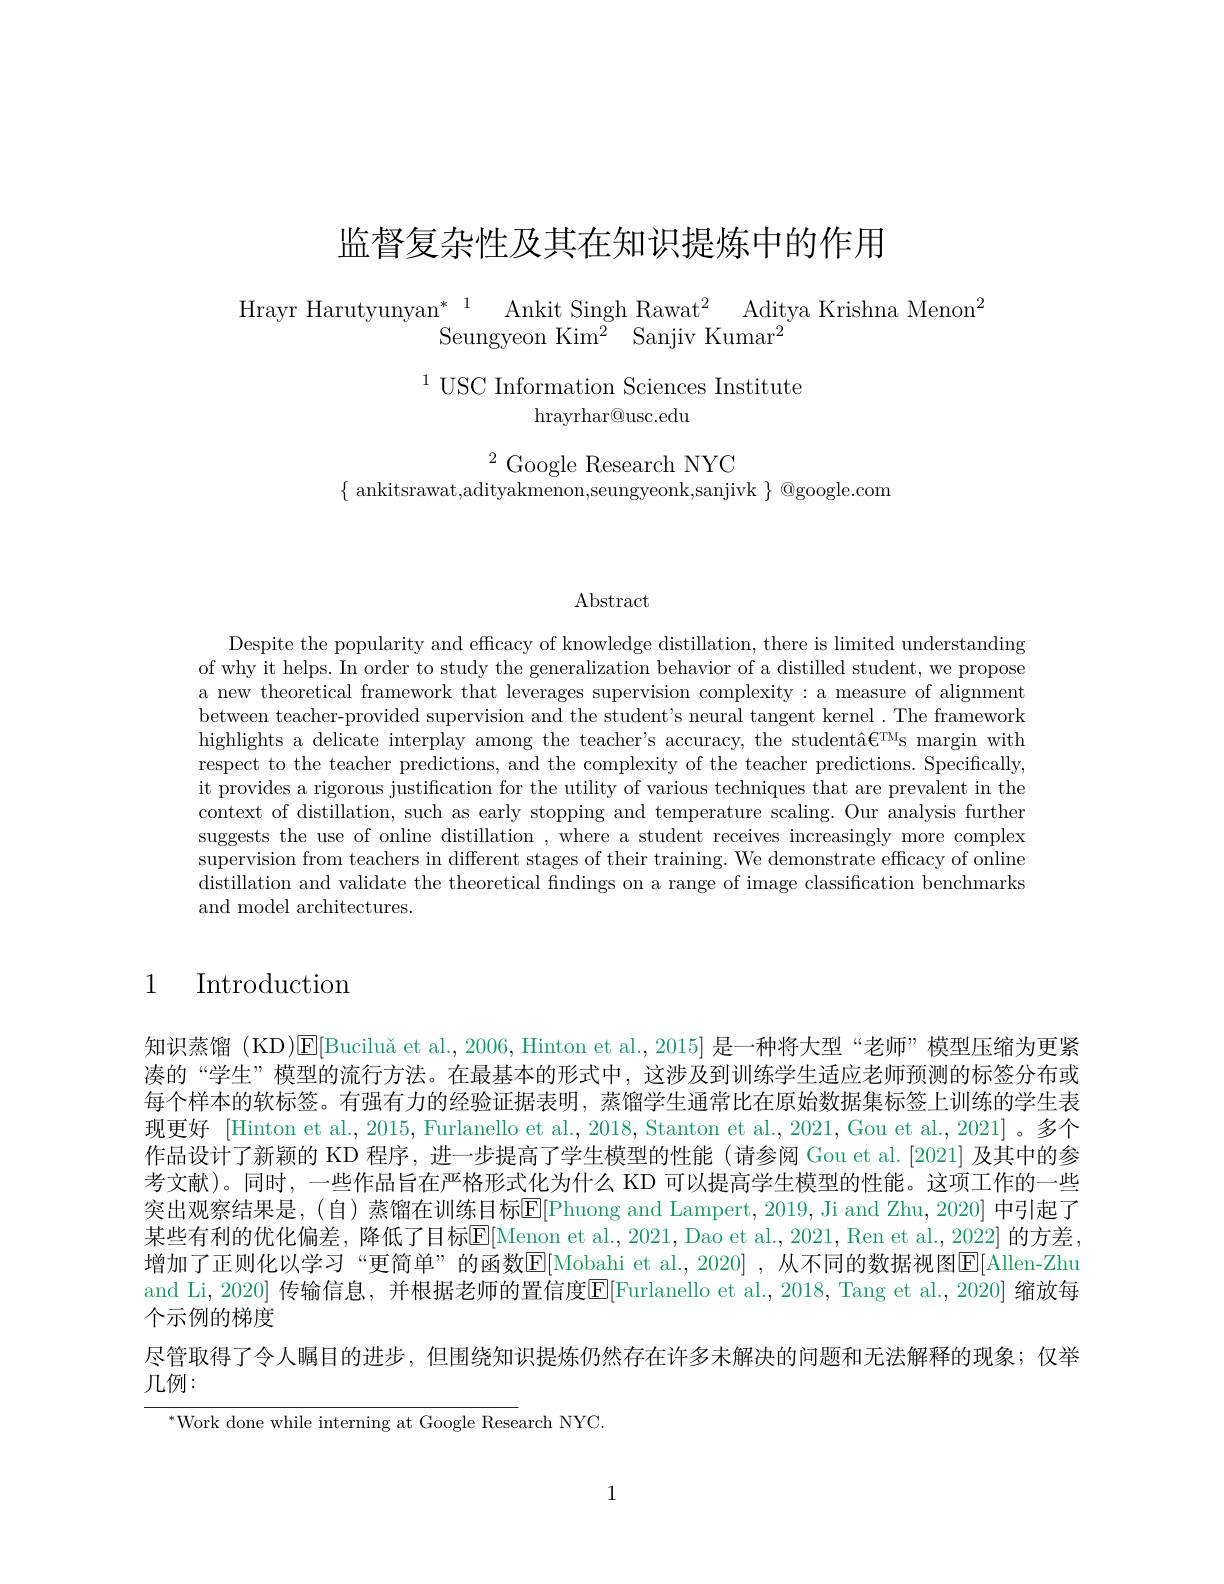
监督复杂性及其在知识提炼中的作用

$\begin{array}{c}{\mathrm{Hrayr~Harutyunyan}^{*}}&{{1}}&{{\mathrm{Ankit~Singh~Rawat}^{2}}}&{{\mathrm{Aditya~Krishna~Menon}^{2}}}\\&{{\mathrm{Seungyeon~Kim}^{2}}}&{{\mathrm{Sanjiv~Kumar}^{2}}}\end{array}$

$^{1}$USC Information Sciences Institute
## $\operatorname{hrayrhar@usc.edu}$

$^{2}$Google Research NYC
$\{$ ankitsrawat,adityakmenon,seungyeonk,sanjivk $\}$ @google.com

$\operatorname{Abstract}$

Despite the popularity and efficacy of knowledge distillation, there is limited understanding of why it helps. In order to study the generalization behavior of a distilled student, we propose a new theoretical framework that leverages supervision complexity : a measure of alignment between teacher-provided supervision and the student's neural tangent kernel .The framework highlights a delicate interplay among the teacher's accuracy, the studentâ€$\mathrm^\mathrm{TM}$s margin with respect to the teacher predictions, and the complexity of the teacher predictions. Specifically, it provides a rigorous justification for the utility of various techniques that are prevalent in the context of distillation, such as early stopping and temperature scaling. Our analysis further suggests the use of online distillation , where a student receives increasingly more complex supervision from teachers in different stages of their training. We demonstrate efficacy of online distillation and validate the theoretical findings on a range of image classification benchmarks and model architectures.

## 1 Introduction

知识蒸馏 (KD)$\boxed{\mathrm{E} }[ \text{Bucilu\v {a}etal. , 2006, Hintonetal. , 2015}]$是一种将大型“老师”模型压缩为更紧凑的“学生”模型的流行方法。在最基本的形式中，这涉及到训练学生适应老师预测的标签分布或每个样本的软标签。有强有力的经验证据表明，蒸馏学生通常比在原始数据集标签上训练的学生表现更好 [Hinton et al., 2015, Furlanello et al., 2018, Stanton et al., 2021, Gou et al., 2021]。多个作品设计了新颖的 KD 程序，进一步提高了学生模型的性能 (请参阅 Gou et al.[2021] 及其中的参考文献)。同时，一些作品旨在严格形式化为什么 KD 可以提高学生模型的性能。这项工作的一些突出观察结果是，(自)蒸馏在训练目标$\overline{\mathbb{E}}[$Phuong and Lampert, 2019, Ji and Zhu, 2020] 中引起了某些有利的优化偏差，降低了目标E[Menon et al.,2021, Dao et al., 2021, Ren et al., 2022] 的方差增加了正则化以学习“更简单”的函数E[Mobahi et al.,2020] ,从不同的数据视图E[Allen-Zhu and Li, 2020] 传输信息，并根据老师的置信度$\overline{\mathrm{E}}[$Furlanello et al., 2018, Tang et al., 2020] 缩放每个示例的梯度
尽管取得了令人瞩目的进步，但围绕知识提炼仍然存在许多未解决的问题和无法解释的现象；仅举
几例：

$^{*}$Work done while interning at Google Research NYC

1